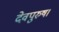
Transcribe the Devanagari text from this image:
देवपुरुष।